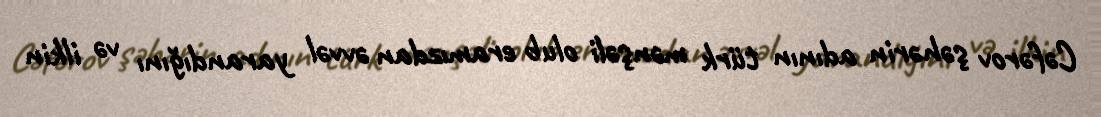
Cəfərov şəhərin adının türk mənşəli olub eramızdan əvvəl yarandığını və ilkin